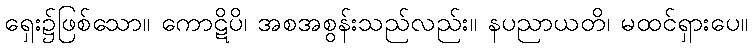
ရှေး၌ဖြစ်သော။ ကောဋိပိ၊ အစအစွန်းသည်လည်း။ နပညာယတိ၊ မထင်ရှားပေ။